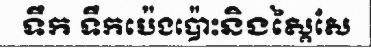
ទឹក ទឹកប៉េងប៉ោះនិងស្ពៃសែ